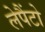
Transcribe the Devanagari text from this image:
लेपैंटो